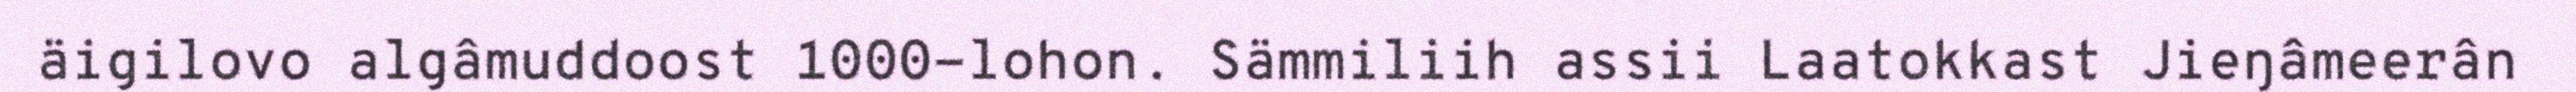
äigilovo algâmuddoost 1000-lohon. Sämmiliih assii Laatokkast Jieŋâmeerân